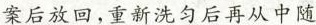
案后放回，重新洗匀后再从中随